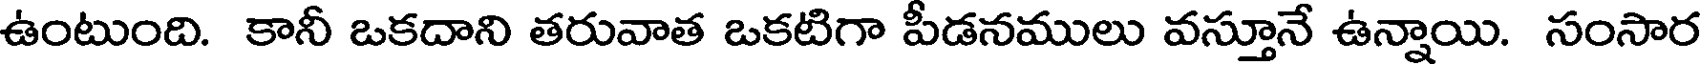
ఉంటుంది. కానీ ఒకదాని తరువాత ఒకటిగా పీడనములు వస్తూనే ఉన్నాయి. సంసార